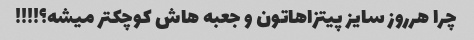
چرا هرروز سایز پیتزاهاتون و جعبه هاش کوچکتر میشه؟!!!!